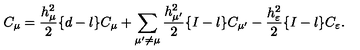
C _ { \mu } = \frac { h _ { \mu } ^ { 2 } } { 2 } \{ d - l \} C _ { \mu } + \sum _ { \mu ^ { \prime } \not = \mu } \frac { h _ { \mu ^ { \prime } } ^ { 2 } } { 2 } \{ I - l \} C _ { \mu ^ { \prime } } - \frac { h _ { \varepsilon } ^ { 2 } } { 2 } \{ I - l \} C _ { \varepsilon } .